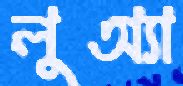
লুঅ্যা